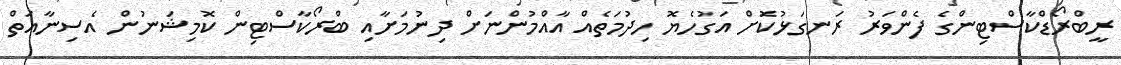
ރީބްރޯޑްކާސްޓިންގެ ފެންވަރު ރަނގަޅުކޮަށް އަގުހެޔޮ ހިދުމަތެއް އާއްމުންނަށް ދިނުމަށާއި ބްރޯކާސްޓިން ކޮމިޝަނުން އެސިނާއަތް